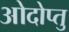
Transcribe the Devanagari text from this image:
ओदोप्तु